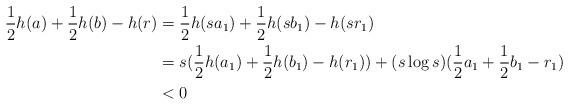
LaTeX: \begin{align*}\frac12 h(a) + \frac12 h(b) - h(r)&= \frac12 h(sa_1) + \frac12 h(sb_1) - h(sr_1)\\&= s (\frac12 h(a_1) + \frac12 h(b_1) - h(r_1)) + (s\log s)( \frac12a_1 + \frac12 b_1 - r_1)\\&< 0\end{align*}